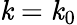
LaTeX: \mathit{k}=\mathit{k}_{0}